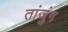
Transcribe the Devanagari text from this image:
तांजुंग